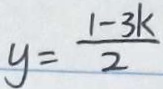
y = \frac { 1 - 3 k } { 2 }